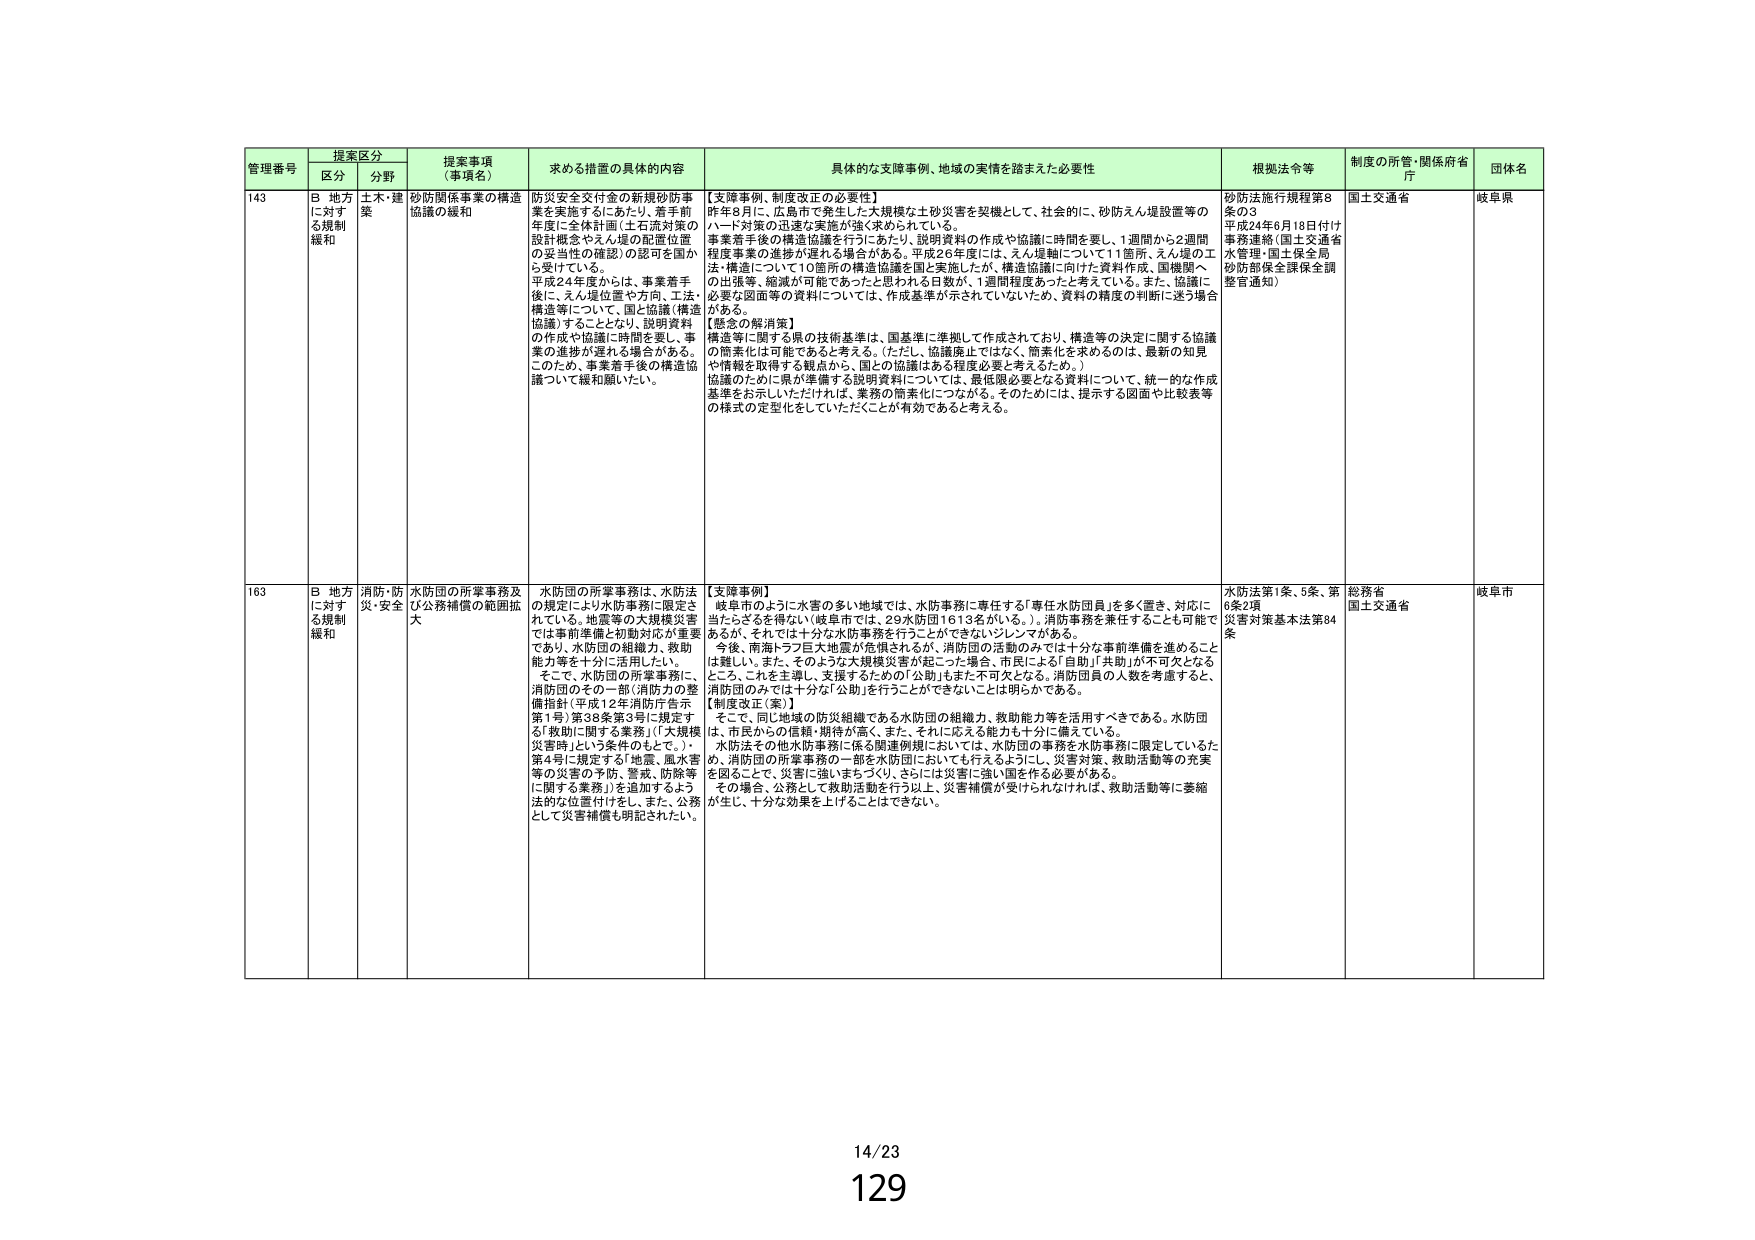
管理番号 提案区分 提案事項（事項名） 求める措置の具体的内容 具体的な支障事例、地域の実情を踏まえた必要性 根拠法令等 制度の所管・関係府省庁 団体名
区分 分野
143 B 地方に対する規制緩和 土木・建築 砂防関係事業の構造協議の緩和 防災安全交付金の新規砂防事業を実施するにあたり、着手前年度に全体計画（土石流対策の設計概念やえん堤の配置位置の妥当性の確認）の認可を国から受けている。平成24年度からは、事業着手後に、えん堤位置や方向、工法・構造等について、国と協議（構造協議）することとなり、説明資料の作成や協議に時間を要し、事業の進捗が遅れる場合がある。このため、事業着手後の構造協議について緩和願いたい。 【支障事例、制度改正の必要性】
昨年8月に、広島市で発生した大規模な土砂災害を契機として、社会的に、砂防えん堤設置等のハード対策の迅速な実施が強く求められている。
事業着手後の構造協議を行うにあたり、説明資料の作成や協議に時間を要し、1週間から2週間程度事業の進捗が遅れる場合がある。平成26年度には、えん堤軸について11箇所、えん堤の工法・構造について10箇所の構造協議を国と実施したが、構造協議に向けた資料作成、国機関への出張等、縮減が可能であったと思われる日数が、1週間程度あったと考えている。また、協議に必要な図面等の資料については、作成基準が示されていないため、資料の精度の判断に迷う場合がある。
【懸念の解消策】
構造等に関する県の技術基準は、国基準に準拠して作成されており、構造等の決定に関する協議の簡素化は可能であると考える。（ただし、協議廃止ではなく、簡素化を求めるのは、最新の知見や情報を取得する観点から、国との協議はある程度必要と考えるため。）
協議のために県が準備する説明資料については、最低限必要となる資料について、統一的な作成基準をお示しいただければ、業務の簡素化につながる。そのためには、提示する図面や比較表等の様式の定型化をしていただくことが有効であると考える。 砂防法施行規程第8条の3
平成24年6月18日付け事務連絡（国土交通省水管理・国土保全局砂防部保全課保全調整官通知） 国土交通省 岐阜県
163 B 地方に対する規制緩和 消防・防災・安全 水防団の所掌事務及び公務補償の範囲拡大 水防団の所掌事務は、水防法の規定により水防事務に限定されている。地震等の大規模災害では事前準備と初期対応が重要であり、水防団の組織力、救助能力等を十分に活用したい。そこで、水防団の所掌事務に、消防団のその一部（消防力の整備指針（平成12年消防庁告示第1号）第38条第3号に規定する「救助に関する業務」（「大規模災害時」という条件のもとで。）、第4号に規定する「地震、風水害等の災害の予防、警戒、防除等に関する業務」）を追加するよう法的な位置付けを。また、公務として災害補償も明記されたい。 【支障事例】
岐阜市のように水害の多い地域では、水防事務に専任する「専任水防団員」を多く置き、対応に当たることを得ない（岐阜市では、29水防団1613名がいる。）。消防事務を兼任することも可能であるが、それでは十分な水防事務を行うことができないジレンマがある。
今後、南海トラフ巨大地震が危惧されるが、消防団の活動のみでは十分な事前準備を進めることは難しい。また、そのような大規模災害が起こった場合、市民による「自助」「共助」が不可欠となるところ、これを主導し、支援するための「公助」もまた不可欠となる。消防団員の人数を考慮すると、消防団のみでは十分な「公助」を行うことができないことは明らかである。
【制度改正（案）】
そこで、同じ地域の防災組織である水防団の組織力、救助能力等を活用すべきである。水防団は、市民からの信頼・期待が高く、また、それに応える能力も十分に備えている。
水防法その他水防事務に係る関連規則においては、水防団の事務を水防事務に限定しているため、消防団の所掌事務の一部を水防団においても行えるようにし、災害対策、救助活動等の充実を図ることで、災害に強いまちづくり、さらには災害に強い国を作る必要がある。
その場合、公務として救助活動を行う以上、災害補償が受けられなければ、救助活動等に委縮が生じ、十分な効果を上げることはできない。 水防法第1条、5条、第6条2項
災害対策基本法第84条 総務省
国土交通省 岐阜市
14/23
129